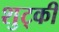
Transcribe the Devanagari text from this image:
शुट्की